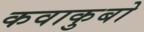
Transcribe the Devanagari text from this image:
कवाकुबो